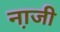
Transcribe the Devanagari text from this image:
ना़जी